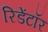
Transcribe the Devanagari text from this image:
रिडेंटॉर